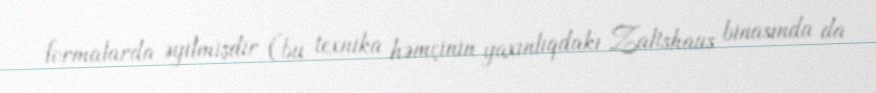
formalarda əyilmişdir (bu texnika həmçinin yaxınlıqdakı Zaltshaus binasında da